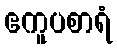
ဧကူပစာရံ